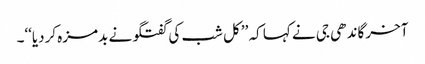
آخر گاندھی جی نے کہا کہ ’’کل شب کی گفتگو نے بدمزہ کردیا‘‘۔